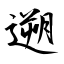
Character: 遡